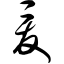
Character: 爰